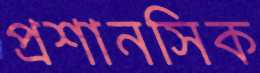
প্রশানসিক